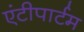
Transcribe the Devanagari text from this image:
एंटीपार्टम